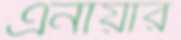
এনায়ার